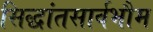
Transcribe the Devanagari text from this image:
सिद्धांतसार्वभौम